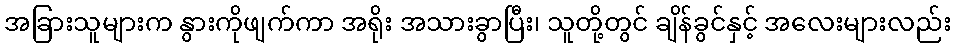
အခြားသူများက နွားကိုဖျက်ကာ အရိုး အသားခွာပြီး၊ သူတို့တွင် ချိန်ခွင်နှင့် အလေးများလည်း